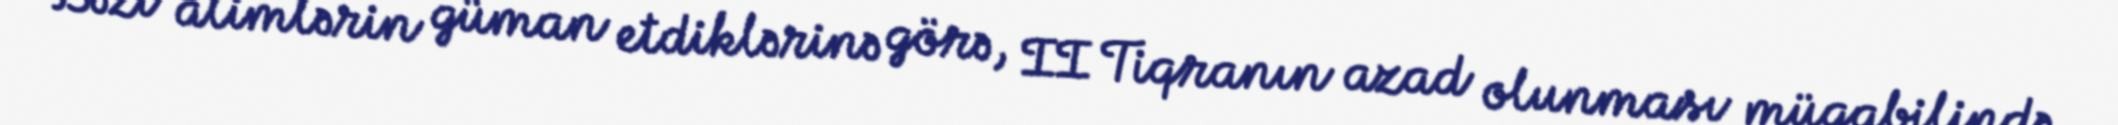
Bəzi alimlərin güman etdiklərinə görə, II Tiqranın azad olunması müqabilində